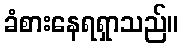
ခံစားနေရရှာသည်။